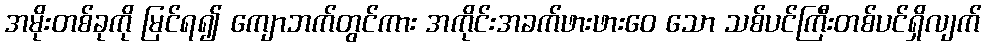
အမိုးတစ်ခုကို မြင်ရ၍ ကျောဘက်တွင်ကား အကိုင်းအခက်ဖားဖားဝေ သော သစ်ပင်ကြီးတစ်ပင်ရှိလျက်